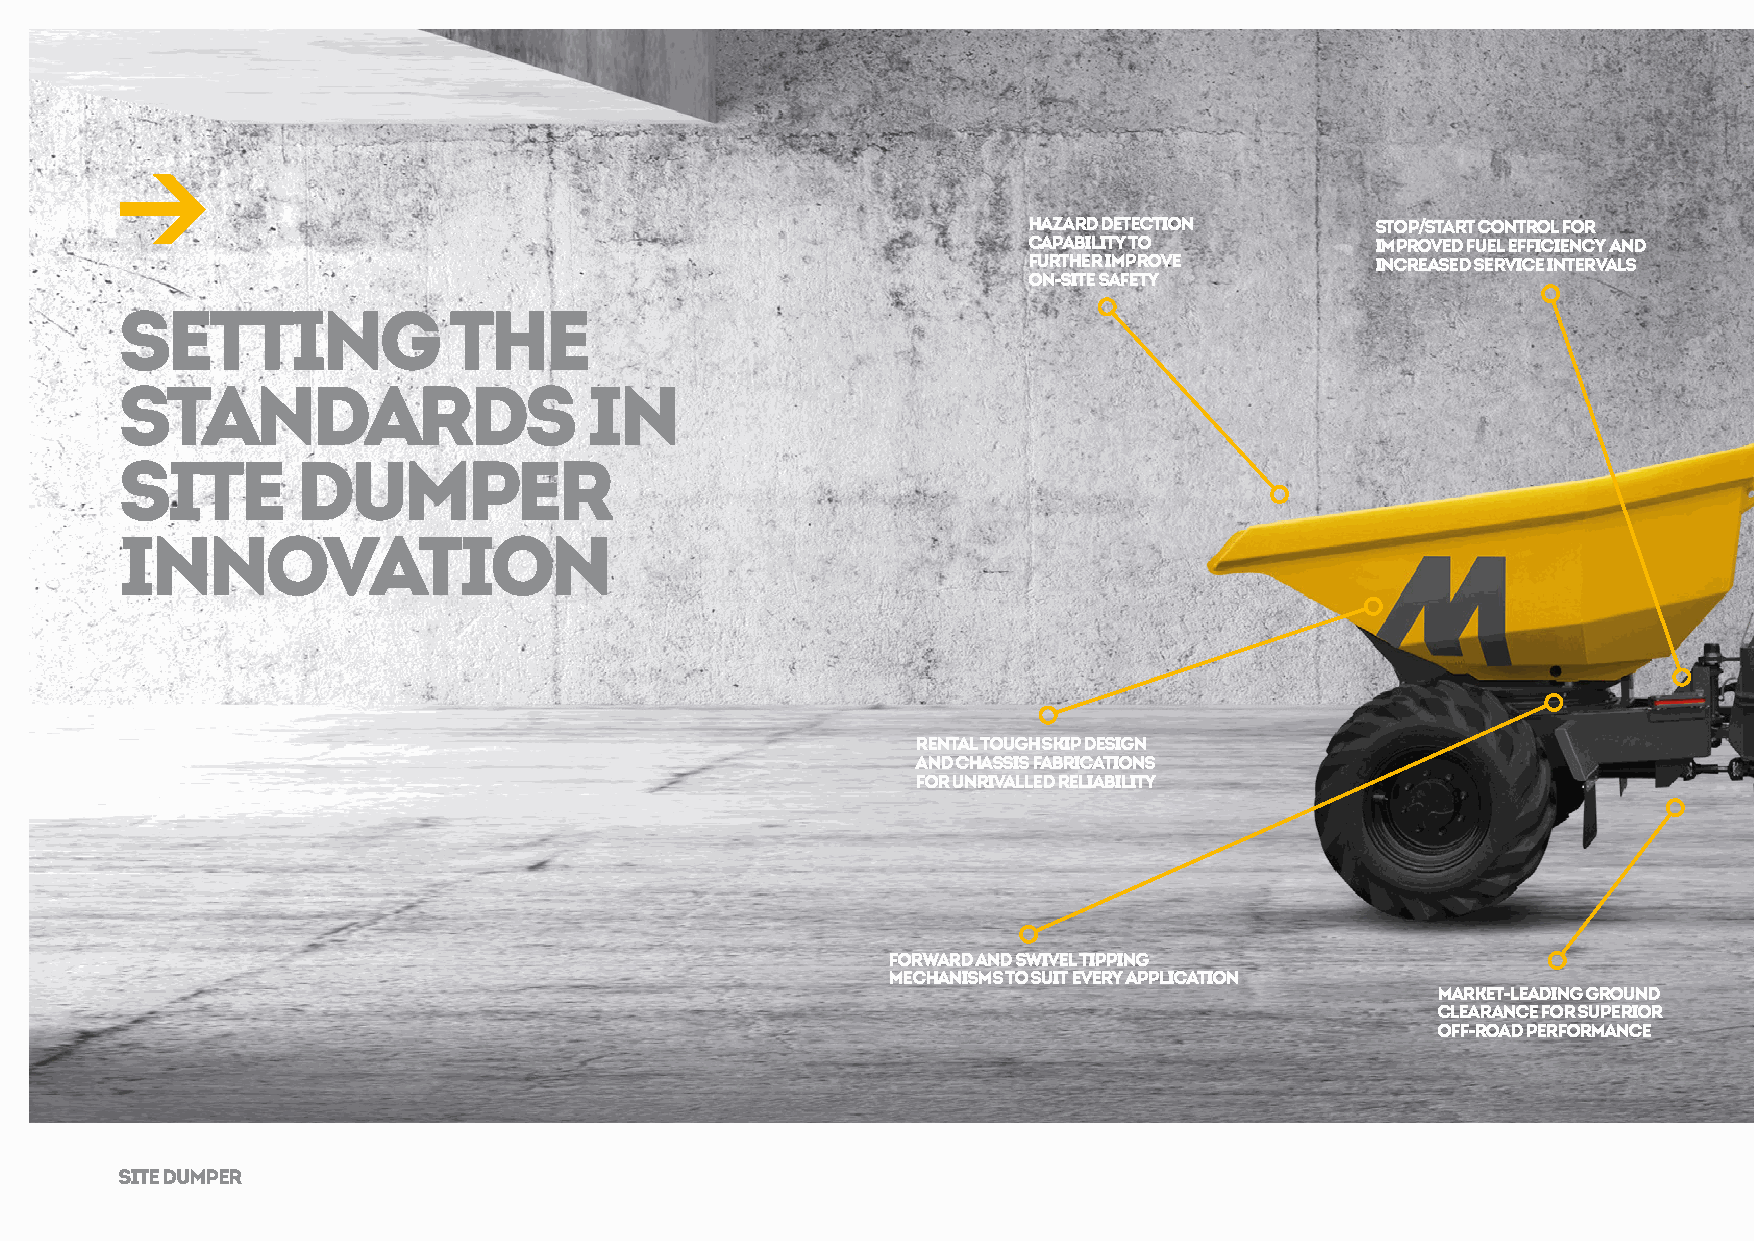
Hazard Detection       Stop/Start Control for
 capability to          improved fuel efficiency and
 further improve        increased service intervals
 on-site safety
 SETTING               THE
 STANDARDS                      IN
 SITE        DUMPER
 INNOVATION
 Rental tough skip design
 and chassis fabrications
 for unrivalled reliability
 Forward and swivel tipping
 mechanisms to suit every application
 Market-leading ground
 clearance for superior
 off-road performance
 SITE DUMPER